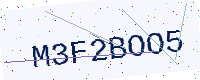
Text: M3F2BOO5